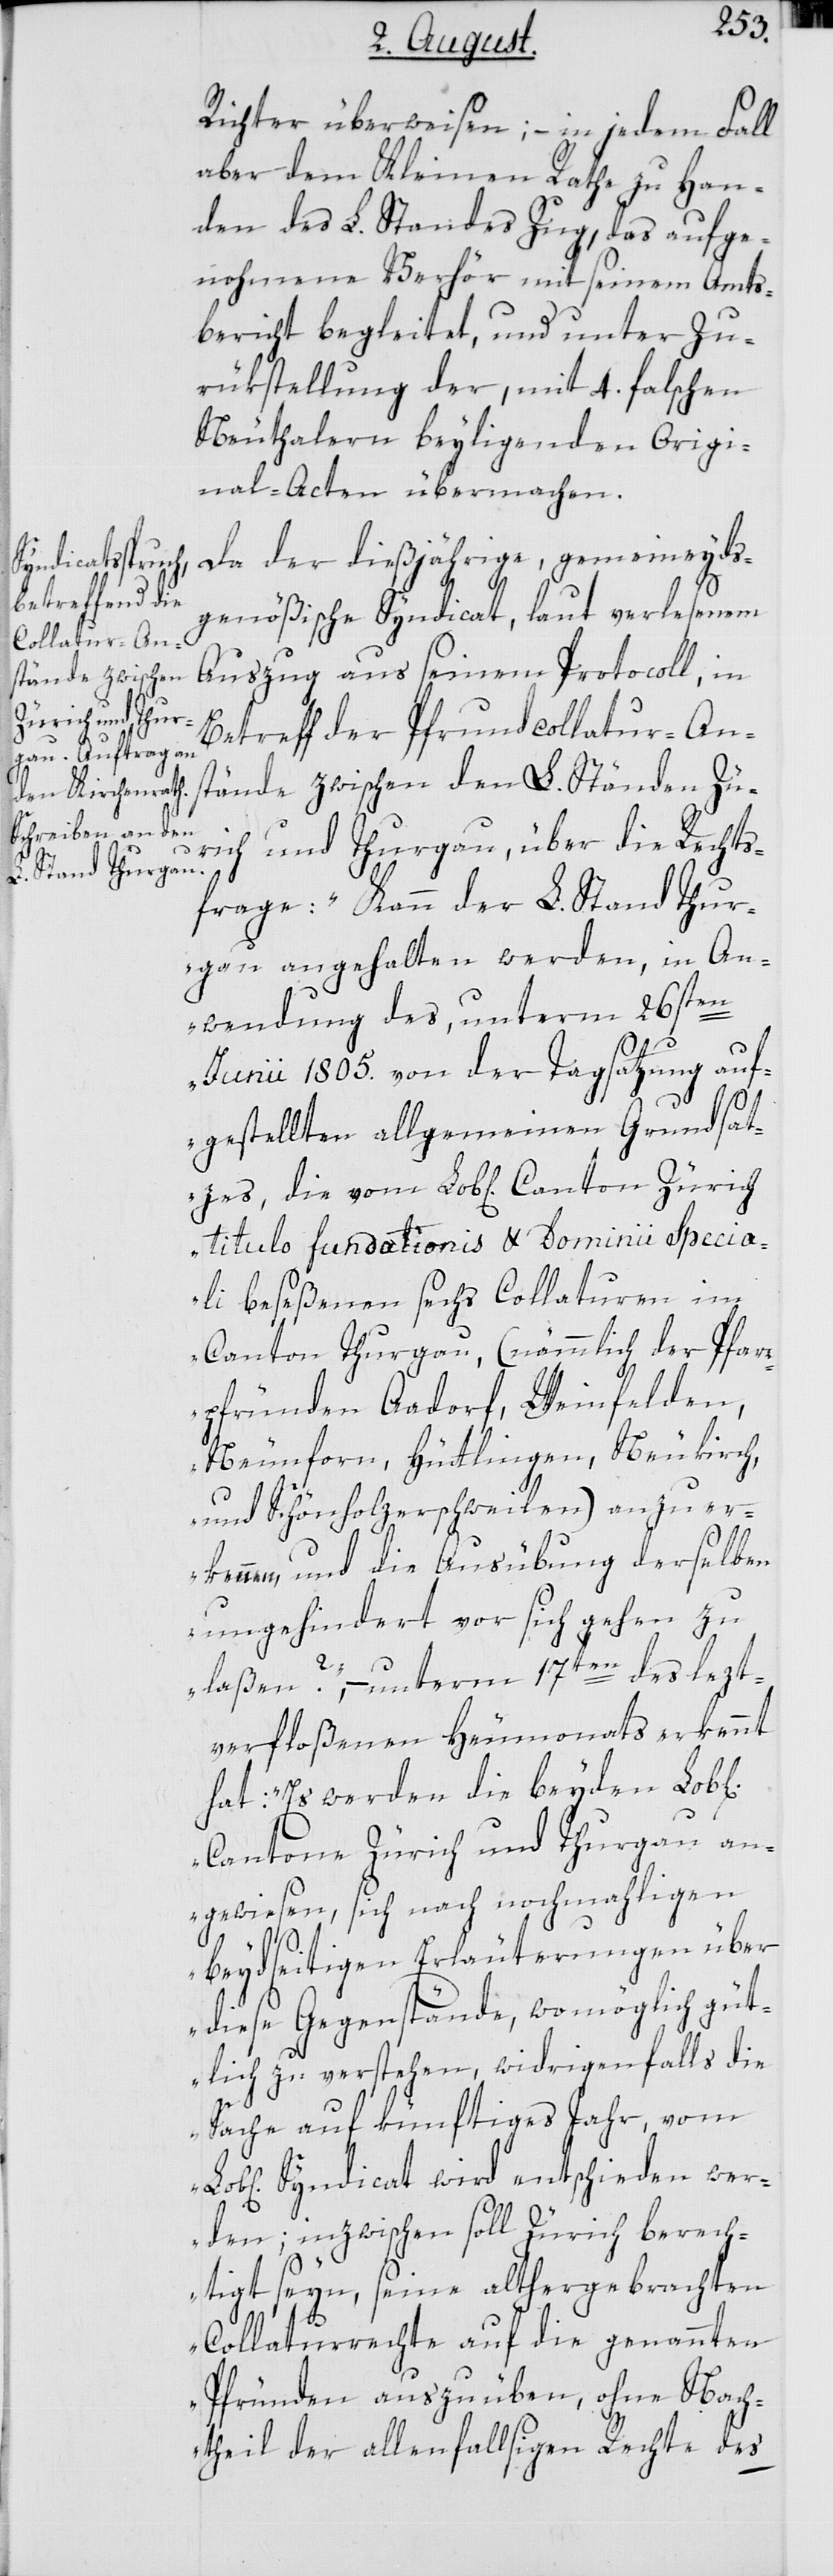
Zürich
Richter überweisen; – in jedem Fall
aber dem Kleinen Rathe zu Han¬
den des L. Standes Zug, das aufge¬
nohmene Verhör mit seinem Amts¬
bericht begleitet, und unter Zu¬
rükstellung der, mit 4. falschen
Neuthalern beyliegenden Origi¬
nal-Acten übermachen.
Da der dießjährige, gemeineyds¬
genößische Syndicat, laut verlesenem
Auszug aus seinem Protocoll, in
Betreff der Pfrundcollatur-An¬
stände zwischen den L. Ständen Zü¬
rich und Thurgau, über die Rechts¬
frage: „Kann der L. Stand Thur¬
gau angehalten werden, in An¬
wendung des, unterm 26sten
Junii 1805. von der Tagsatzung auf¬
gestellten allgemeinen Grundsat¬
titulo fundationis & Dominii Specia¬
li beseßenen sechs Collaturen im
Canton Thurgau, (nämmlich der Pfar¬
rpfründen Aadorf, Weinfelden,
Neunforn, Hüttlingen, Neukirch,
und Schönholzerschweilen) anzuer¬
kennen, und die Ausübung derselben
ungehindert vor sich gehen zu
laßen?“ – unterm 17ten des lezt¬
verfloßenen Heumonats erkennt
hat: „Es werden die beyden Lobl.
Cantone Zürich und Thurgau an¬
gewiesen, sich nach nochmahligen
beydseitigen Erläuterungen über
diese Gegenstände, womöglich güt¬
lich zu verstehen, widrigenfalls die
Sache auf künftiges Jahr, vom
Syndicat wird entschieden wer¬
den; inzwischen soll Zürich berech¬
tigt seyn, seine althergebrachten
Collaturrechte auf die genannten
Pfründen auszuüben, ohne Nach¬
theil der allenfallsigen Rechte des

die